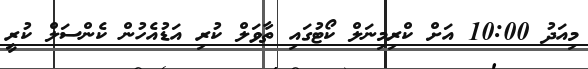
މިއަދު 10:00 އަށް ކްރިމިނަލް ކޯޓުގައި ތާވަލް ކުރި އަޑުއެހުން ކެންސަލް ކުރީ